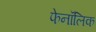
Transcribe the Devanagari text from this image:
फेनॉलिक